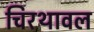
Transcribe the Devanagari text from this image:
चिरथावल